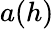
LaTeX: a(h)